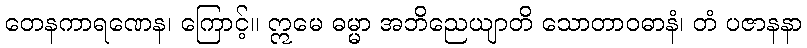
တေနကာရဏေန၊ ကြောင့်။ ဣမေ ဓမ္မာ အဘိညေယျာတိ သောတာဝဓာနံ၊ တံ ပဇာနနာ